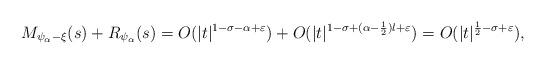
LaTeX: \begin{align*}M_{\psi_\alpha-\xi}(s)+R_{\psi_\alpha}(s)=O(|t|^{1-\sigma-\alpha+\varepsilon})+O(|t|^{1-\sigma+(\alpha-\frac{1}{2})l+\varepsilon})=O(|t|^{\frac{1}{2}-\sigma+\varepsilon}), \end{align*}